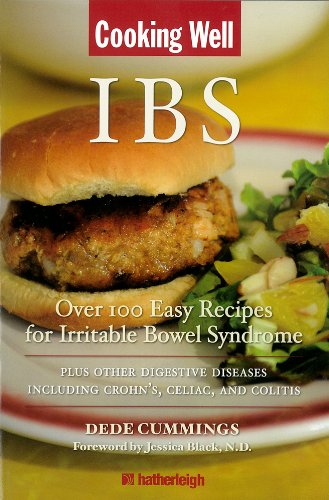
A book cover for Cooking Well: IBS: Over 100 Easy Recipes for Irritable Bowel Syndrome Plus Other Digestive Diseases Including Crohn's, Celiac, and Colitis; Dede Cummings; Health, Fitness & Dieting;